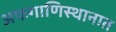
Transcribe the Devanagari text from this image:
अफगाणिस्थानात